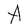
Character: A